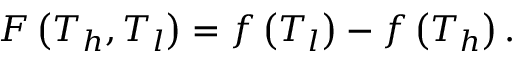
F \left( T _ { h } , T _ { l } \right) = f \left( T _ { l } \right) - f \left( T _ { h } \right) .